65_HS1-834228961_62-HQ-83894_Section_7
Agency: FBI
Page 99
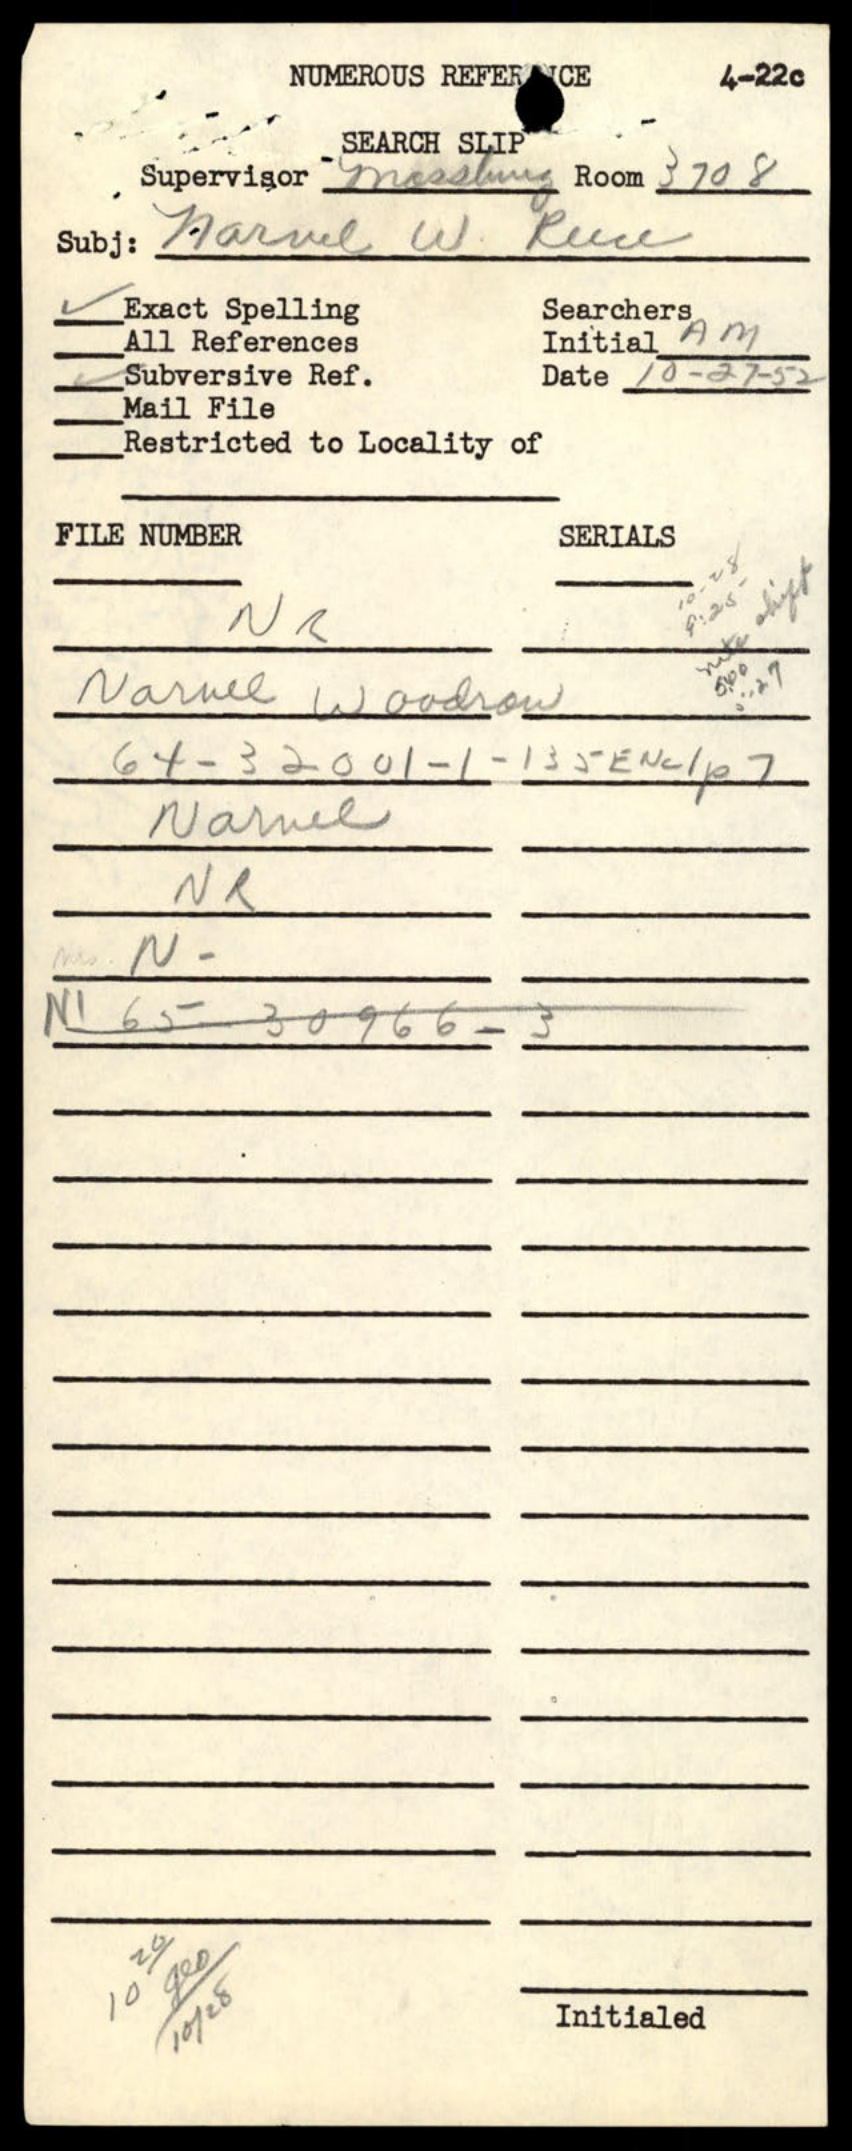